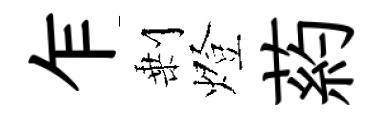
乍剰燈葯